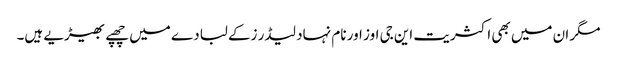
مگر ان میں بھی اکثریت این جی اوز اور نام نہاد لیڈر زکے لبادے میں چھپے بھیڑیے ہیں۔